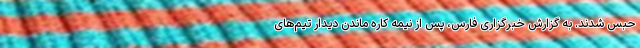
حبس شدند. به گزارش خبرگزاری فارس، پس از نیمه کاره ماندن دیدار تیم‌های